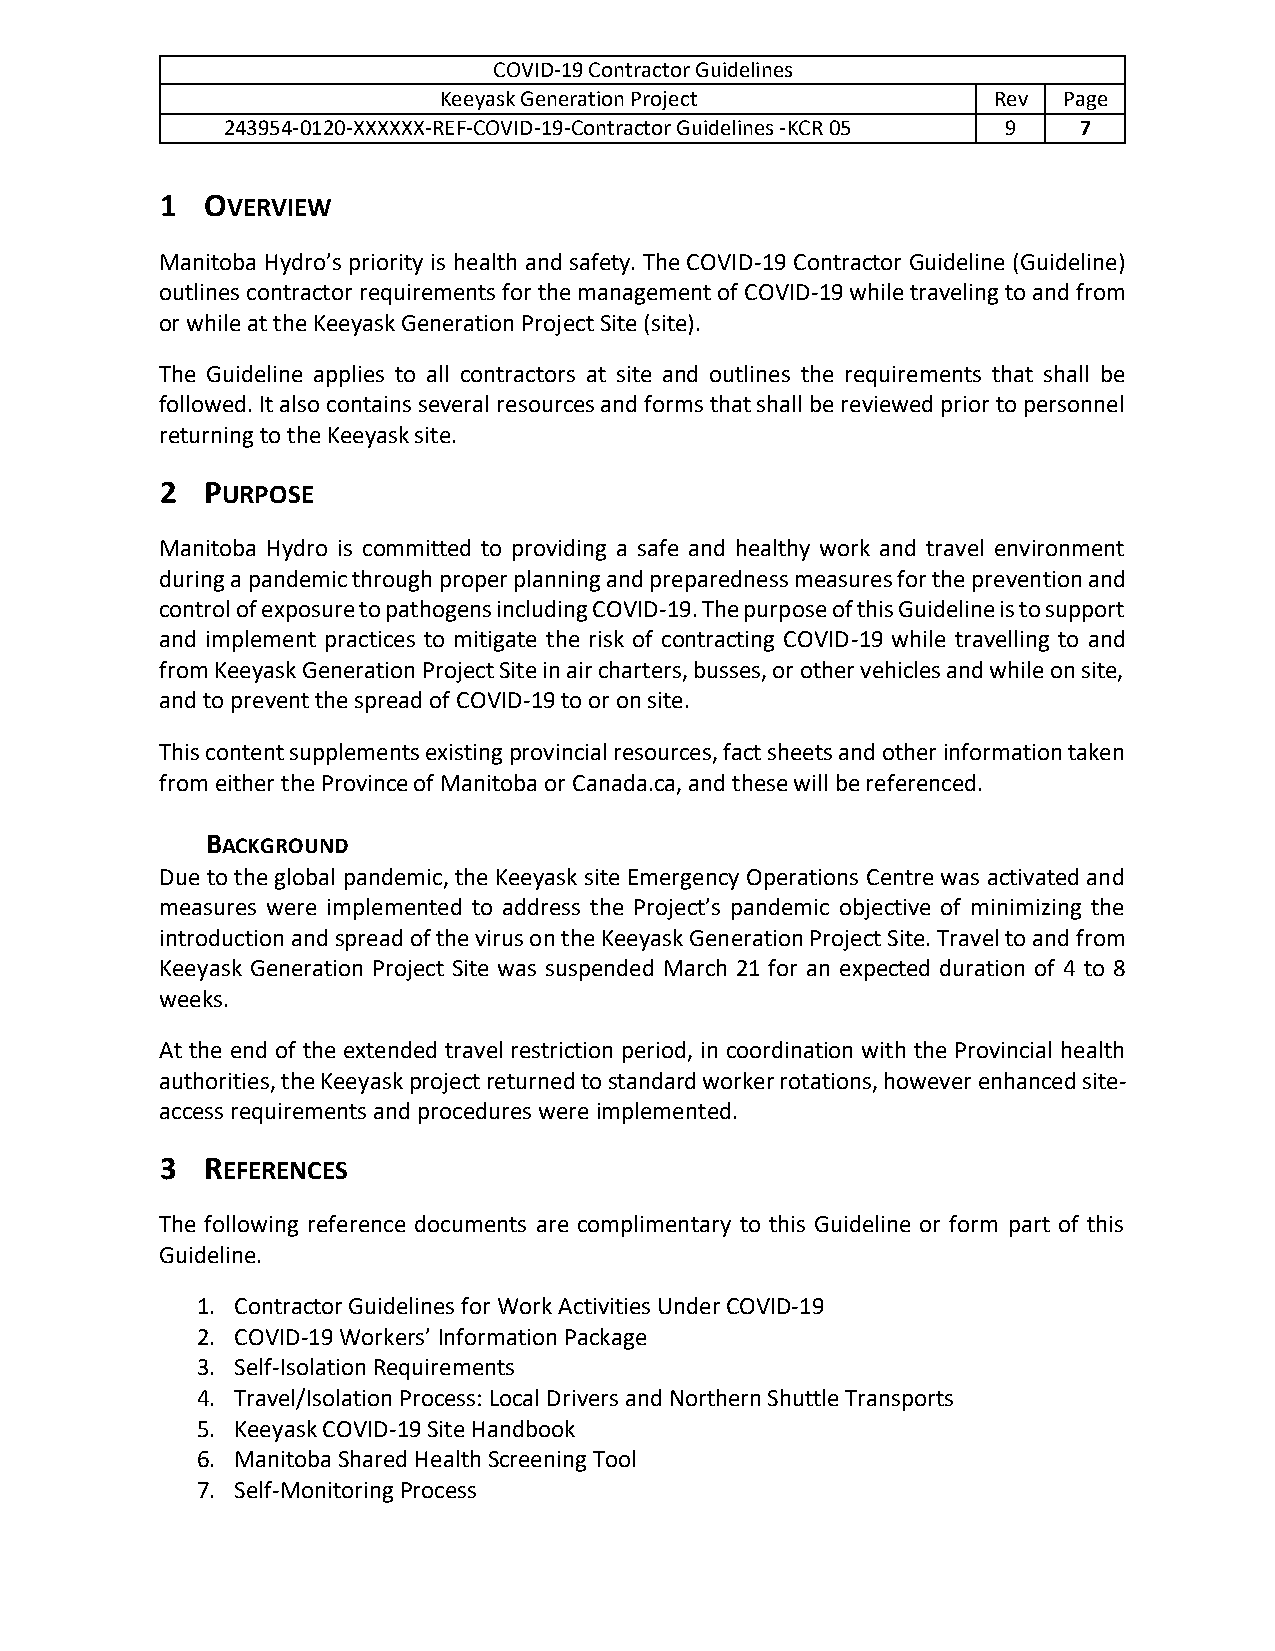
COVID-19 Contractor Guidelines
 Keeyask Generation Project           Rev Page
 243954-0120-XXXXXX-REF-COVID-19-Contractor Guidelines -KCR 05 9 7
 1  OVERVIEW
 Manitoba Hydro’s priority is health and safety. The COVID-19 Contractor Guideline (Guideline)
 outlines contractor requirements for the management of COVID-19 while traveling to and from
 or while at the Keeyask Generation Project Site (site).
 The Guideline applies to all contractors at site and outlines the requirements that shall be
 followed. It also contains several resources and forms that shall be reviewed prior to personnel
 returning to the Keeyask site.
 2  PURPOSE
 Manitoba Hydro is committed to providing a safe and healthy work and travel environment
 during a pandemic through proper planning and preparedness measures for the prevention and
 control of exposure to pathogens including COVID-19. The purpose of this Guideline is to support
 and implement practices to mitigate the risk of contracting COVID-19 while travelling to and
 from Keeyask Generation Project Site in air charters, busses, or other vehicles and while on site,
 and to prevent the spread of COVID-19 to or on site.
 This content supplements existing provincial resources, fact sheets and other information taken
 from either the Province of Manitoba or Canada.ca, and these will be referenced.
 BACKGROUND
 Due to the global pandemic, the Keeyask site Emergency Operations Centre was activated and
 measures were implemented to address the Project’s pandemic objective of minimizing the
 introduction and spread of the virus on the Keeyask Generation Project Site. Travel to and from
 Keeyask Generation Project Site was suspended March 21 for an expected duration of 4 to 8
 weeks.
 At the end of the extended travel restriction period, in coordination with the Provincial health
 authorities, the Keeyask project returned to standard worker rotations, however enhanced site-
 access requirements and procedures were implemented.
 3  REFERENCES
 The following reference documents are complimentary to this Guideline or form part of this
 Guideline.
 1. Contractor Guidelines for Work Activities Under COVID-19
 2. COVID-19 Workers’ Information Package
 3. Self-Isolation Requirements
 4. Travel/Isolation Process: Local Drivers and Northern Shuttle Transports
 5. Keeyask COVID-19 Site Handbook
 6. Manitoba Shared Health Screening Tool
 7. Self-Monitoring Process